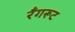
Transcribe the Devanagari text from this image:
रँगरूट